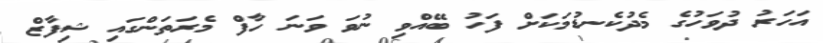
އަހަރު ދުވަހުގެ މެދުކެނޑުމަކަށް ފަހު ބޭއްވި ނުވަ ވަނަ ހާފް މެރަތަންގައި ޝިފާޒް